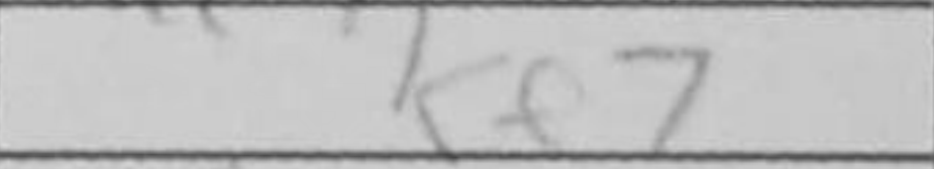
Transcription: Ke7